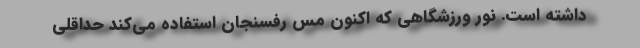
داشته است. نور ورزشگاهی که اکنون مس رفسنجان استفاده می‌کند حداقلی